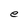
Character: e